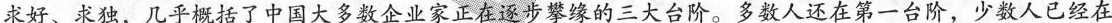
求好、求独，几乎了中国大多数会业家正在少的三大台阶。多牧人还在第二台阶，少鼓人已经在